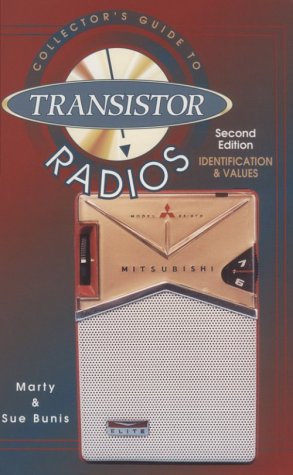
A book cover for Collector's Guide to Transistor Radios Identification and Values; Marty Bunis; Crafts, Hobbies & Home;